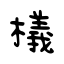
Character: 檥